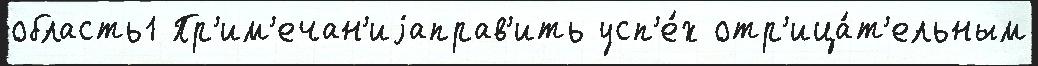
область1 Пр'им'ечан'иjаправ'ить усп'е́х отр'ица́т'ельным